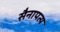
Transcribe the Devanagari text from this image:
सैनापत्य